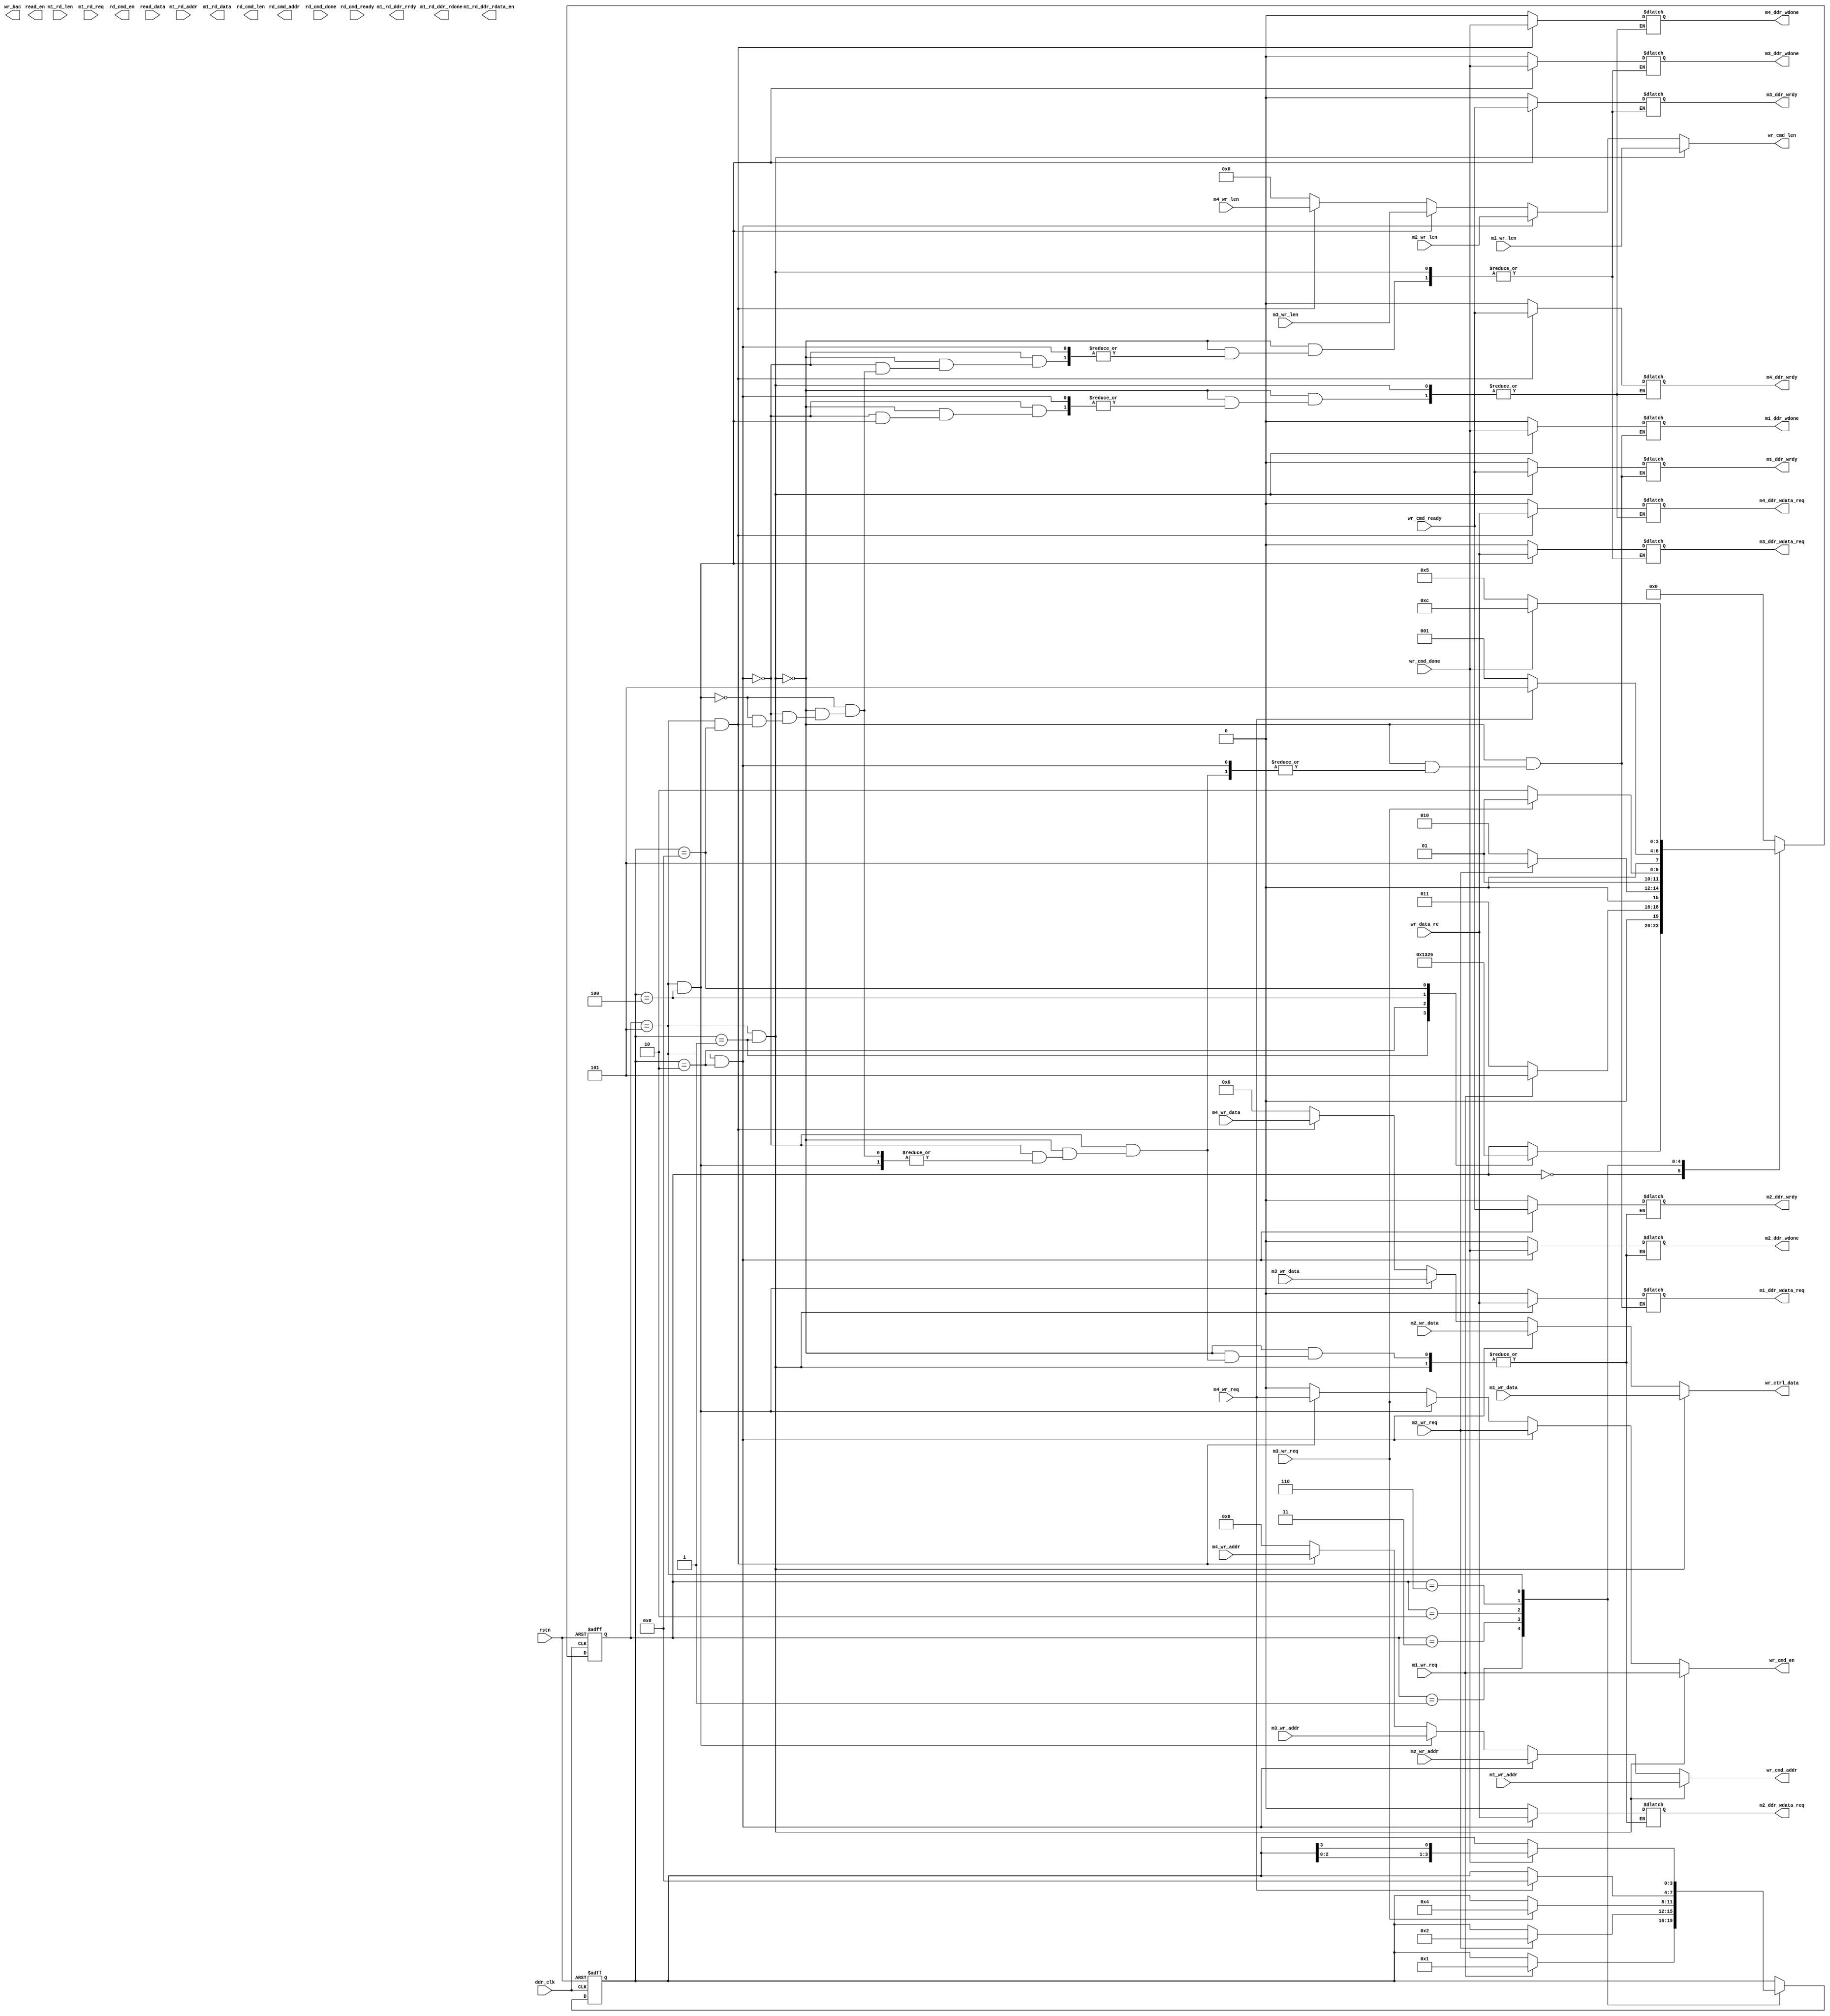
module ddr_arbit#(
         parameter   DDR_ADDR_WIDTH    =  28       ,
         parameter   H_NUM             =  640     ,
         parameter   V_NUM             =  360     ,
         parameter   DQ_WIDTH          =  32       ,
         parameter   DDR_DATA_WIDTH    =  255      ,
         parameter   MEM_DQ_WIDTH      =  32          ,
         parameter   M1_LEN_WIDTH      =  32       ,
         parameter   M2_LEN_WIDTH      =  32       ,  
         parameter   M3_LEN_WIDTH      =  32       ,
         parameter   M4_LEN_WIDTH      =  32       ,
         parameter   RD_LEN_WIDTH      =  16       
   )(
         input                               ddr_clk           ,
         input                               rstn              ,


         input                               m1_wr_req         ,
         input    [DDR_ADDR_WIDTH-1'd1:0]    m1_wr_addr        ,
         input    [M1_LEN_WIDTH-1'd1:0]      m1_wr_len         ,
         output    reg                          m1_ddr_wrdy       ,
         output    reg                         m1_ddr_wdone      ,
         input    [8*DQ_WIDTH-1'd1:0]        m1_wr_data        ,
         output    reg                          m1_ddr_wdata_req  ,


         input                               m2_wr_req         ,
         input    [DDR_ADDR_WIDTH-1'd1:0]    m2_wr_addr        ,
         input    [M2_LEN_WIDTH-1'd1:0]      m2_wr_len         ,
         output    reg                      m2_ddr_wrdy       ,
         output    reg                      m2_ddr_wdone      ,
         input    [8*DQ_WIDTH-1'd1:0]        m2_wr_data        ,
         output    reg                      m2_ddr_wdata_req  ,

         input                               m3_wr_req         ,
         input    [DDR_ADDR_WIDTH-1'd1:0]    m3_wr_addr        ,
         input    [M3_LEN_WIDTH-1'd1:0]      m3_wr_len         ,
         output    reg                      m3_ddr_wrdy       ,
         output    reg                      m3_ddr_wdone      ,
         input    [8*DQ_WIDTH-1'd1:0]        m3_wr_data        ,
         output    reg                      m3_ddr_wdata_req  ,

         input                               m4_wr_req         ,
         input    [DDR_ADDR_WIDTH-1'd1:0]    m4_wr_addr        ,
         input    [M4_LEN_WIDTH-1'd1:0]      m4_wr_len         ,
         output    reg                      m4_ddr_wrdy       ,
         output    reg                      m4_ddr_wdone      ,
         input    [8*DQ_WIDTH-1'd1:0]        m4_wr_data        ,
         output    reg                      m4_ddr_wdata_req  ,

         input    [DDR_ADDR_WIDTH-1'd1:0]    m1_rd_addr        ,
         input    [RD_LEN_WIDTH-1'd1:0]      m1_rd_len         ,
         input                               m1_rd_req         ,
         output   [8*DQ_WIDTH-1'd1:0]        m1_rd_data        ,
         output   wire                       m1_rd_ddr_rrdy    ,
         output   wire                       m1_rd_ddr_rdata_en, 
         output   wire                       m1_rd_ddr_rdone   ,

         output   reg                        wr_cmd_en         ,
         output   reg [DDR_ADDR_WIDTH-1'b1:0]wr_cmd_addr       ,
         output   reg [31: 0]                wr_cmd_len        ,
         input                               wr_cmd_ready      ,
         input                               wr_cmd_done       ,// one row down
         output   wire                       wr_bac            ,
         output   reg [MEM_DQ_WIDTH*8-1'b1:0]wr_ctrl_data      ,
         input                               wr_data_re        ,

         output                              rd_cmd_en         ,
         output   [DDR_ADDR_WIDTH-1'b1:0]    rd_cmd_addr       ,
         output   [31: 0]                    rd_cmd_len        ,
         input    [DDR_DATA_WIDTH-1'd1:0]    read_data         ,
         input                               rd_cmd_ready      ,
         input                               rd_cmd_done       , 
         output                              read_en        
);
localparam  IDLE     =  4'b0000;
localparam  CHECK1   =  4'b0001;
localparam  CHECK2   =  4'b0011;
localparam  CHECK3   =  4'b0010;
localparam  CHECK4   =  4'b0110;
localparam  CHECK5   =  4'b0111;
localparam  WR_PRO   =  4'b0101;
localparam  RD_PRO   =  4'b0100;
localparam  SEND     =  4'b1100;


reg [3:0]   state;
reg [3:0]   flag;
always @(posedge ddr_clk or negedge rstn) begin
   if(!rstn)   begin
      state <= IDLE;
      flag  <=  4'b0001;
   end
   else  begin
      case (state)
         IDLE: begin
            case (flag)
               4'b0001: begin
                  state <= CHECK1;
               end
               4'b0010: begin
                  state <= CHECK2;
               end 
               4'b00100: begin
                  state <= CHECK3;
               end
               4'b01000: begin
                  state <= CHECK4;
               end
               // 5'b10000: begin
               //    state <= CHECK5;
               // end
            endcase
         end
         CHECK1:  begin
            if(m1_wr_req==1'b1)  begin
               state<=WR_PRO;
               flag  <=  4'b0001;
            end
            else
               state<=CHECK2;
         end
         CHECK2:  begin
            if(m2_wr_req==1'b1)  begin
               state<=WR_PRO;
               flag  <=  4'b0010;
            end
            else
               state<=CHECK3;
         end
         CHECK3:  begin
            if(m3_wr_req==1'b1)  begin
               state<=WR_PRO;
               flag  <=  4'b0100;
            end
            else
               state<=CHECK4;
         end
         CHECK4:  begin
            if(m4_wr_req==1'b1)  begin
               state<=WR_PRO;
               flag  <=  4'b1000;
            end
            else 
               state<=CHECK1;
         end
         // CHECK5:  begin     
         //    if(m1_rd_req==1'b1)  begin
         //       state<=RD_PRO;
         //       flag  =  5'b10000;
         //    end
         //    else
         //       state<=SEND;
         // end
         WR_PRO:  begin
            if(wr_cmd_done==1'b1)   begin
               state <= SEND;
               flag  <=  {flag[2:0],flag[3]};
            end
            else
               state <= WR_PRO;
         end
         // RD_PRO:  begin
         //    if(rd_cmd_done==1'b1)   begin 
         //       state <= SEND;
         //       flag  =  {flag[3:0],flag[4]};
         //    end
         //    else
         //       state <= RD_PRO;            
         // end
         SEND:    begin
            state <= IDLE;
         end
         default: 
            state <= IDLE;
      endcase
   end
end


always @(*) begin
  if(state==WR_PRO&&flag==4'b0001)begin
     wr_cmd_addr       =  m1_wr_addr; 
     wr_cmd_len        =  m1_wr_len;                
     wr_cmd_en         =  m1_wr_req;              
     wr_ctrl_data      =  m1_wr_data;
     m1_ddr_wrdy       =  wr_cmd_ready;
     m1_ddr_wdone      =  wr_cmd_done;
     m1_ddr_wdata_req  =  wr_data_re;
  end
  else if(state==WR_PRO&&flag==4'b0010)begin
     wr_cmd_addr       =  m2_wr_addr;
     wr_cmd_len        =  m2_wr_len;              
     wr_cmd_en         =  m2_wr_req;               
     wr_ctrl_data      =  m2_wr_data;
     m2_ddr_wrdy       =  wr_cmd_ready;
     m2_ddr_wdone      =  wr_cmd_done;
     m2_ddr_wdata_req  =  wr_data_re;
  end
  else if(state==WR_PRO&&flag==4'b0100)begin
     wr_cmd_addr       =  m3_wr_addr;
     wr_cmd_len        =  m3_wr_len;                
     wr_cmd_en         =  m3_wr_req;               
     wr_ctrl_data      =  m3_wr_data;
     m3_ddr_wrdy       =  wr_cmd_ready;
     m3_ddr_wdone      =  wr_cmd_done;
     m3_ddr_wdata_req  =  wr_data_re;
  end
  else if(state==WR_PRO&&flag==4'b1000)begin
     wr_cmd_addr       =  m4_wr_addr;
     wr_cmd_len        =  m4_wr_len;              
     wr_cmd_en         =  m4_wr_req;                
     wr_ctrl_data      =  m4_wr_data;
     m4_ddr_wrdy       =  wr_cmd_ready;
     m4_ddr_wdone      =  wr_cmd_done;
     m4_ddr_wdata_req  =  wr_data_re;
  end
  else begin
     wr_cmd_addr       =  {DDR_ADDR_WIDTH{1'b0}} ;
     wr_cmd_len        =  32'b0  ;                
     wr_cmd_en         =  1'b0   ;                
     wr_ctrl_data      =  {DDR_DATA_WIDTH{1'b0}};
     m1_ddr_wrdy       =  1'b0;
     m1_ddr_wdone      =  1'b0;
     m1_ddr_wdata_req  =  1'b0;
     m2_ddr_wrdy       =  1'b0;
     m2_ddr_wdone      =  1'b0;
     m2_ddr_wdata_req  =  1'b0;
     m3_ddr_wrdy       =  1'b0;
     m3_ddr_wdone      =  1'b0;
     m3_ddr_wdata_req  =  1'b0;
     m4_ddr_wrdy       =  1'b0;
     m4_ddr_wdone      =  1'b0;
     m4_ddr_wdata_req  =  1'b0;
  end

end

endmodule